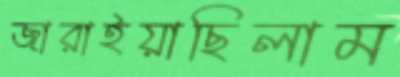
জারাইয়াছিলাম